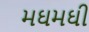
મઘમઘી